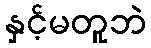
နှင့်မတူဘဲ